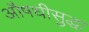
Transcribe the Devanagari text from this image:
औषधीसुद्धा